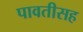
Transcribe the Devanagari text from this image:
पावतीसह